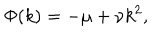
LaTeX: \Phi ( k ) = - \mu + \nu k ^ { 2 } ,